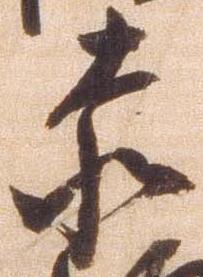
赤